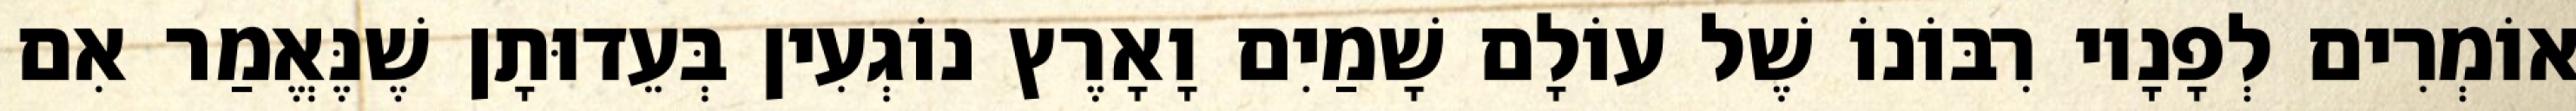
אוֹמְרִים לְפָנָיו רִבּוֹנוֹ שֶׁל עוֹלָם שָׁמַיִם וָאָרֶץ נוֹגְעִין בְּעֵדוּתָן שֶׁנֶּאֱמַר אִם